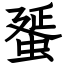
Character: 蜑